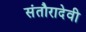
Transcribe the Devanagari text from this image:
संतौरादेवी